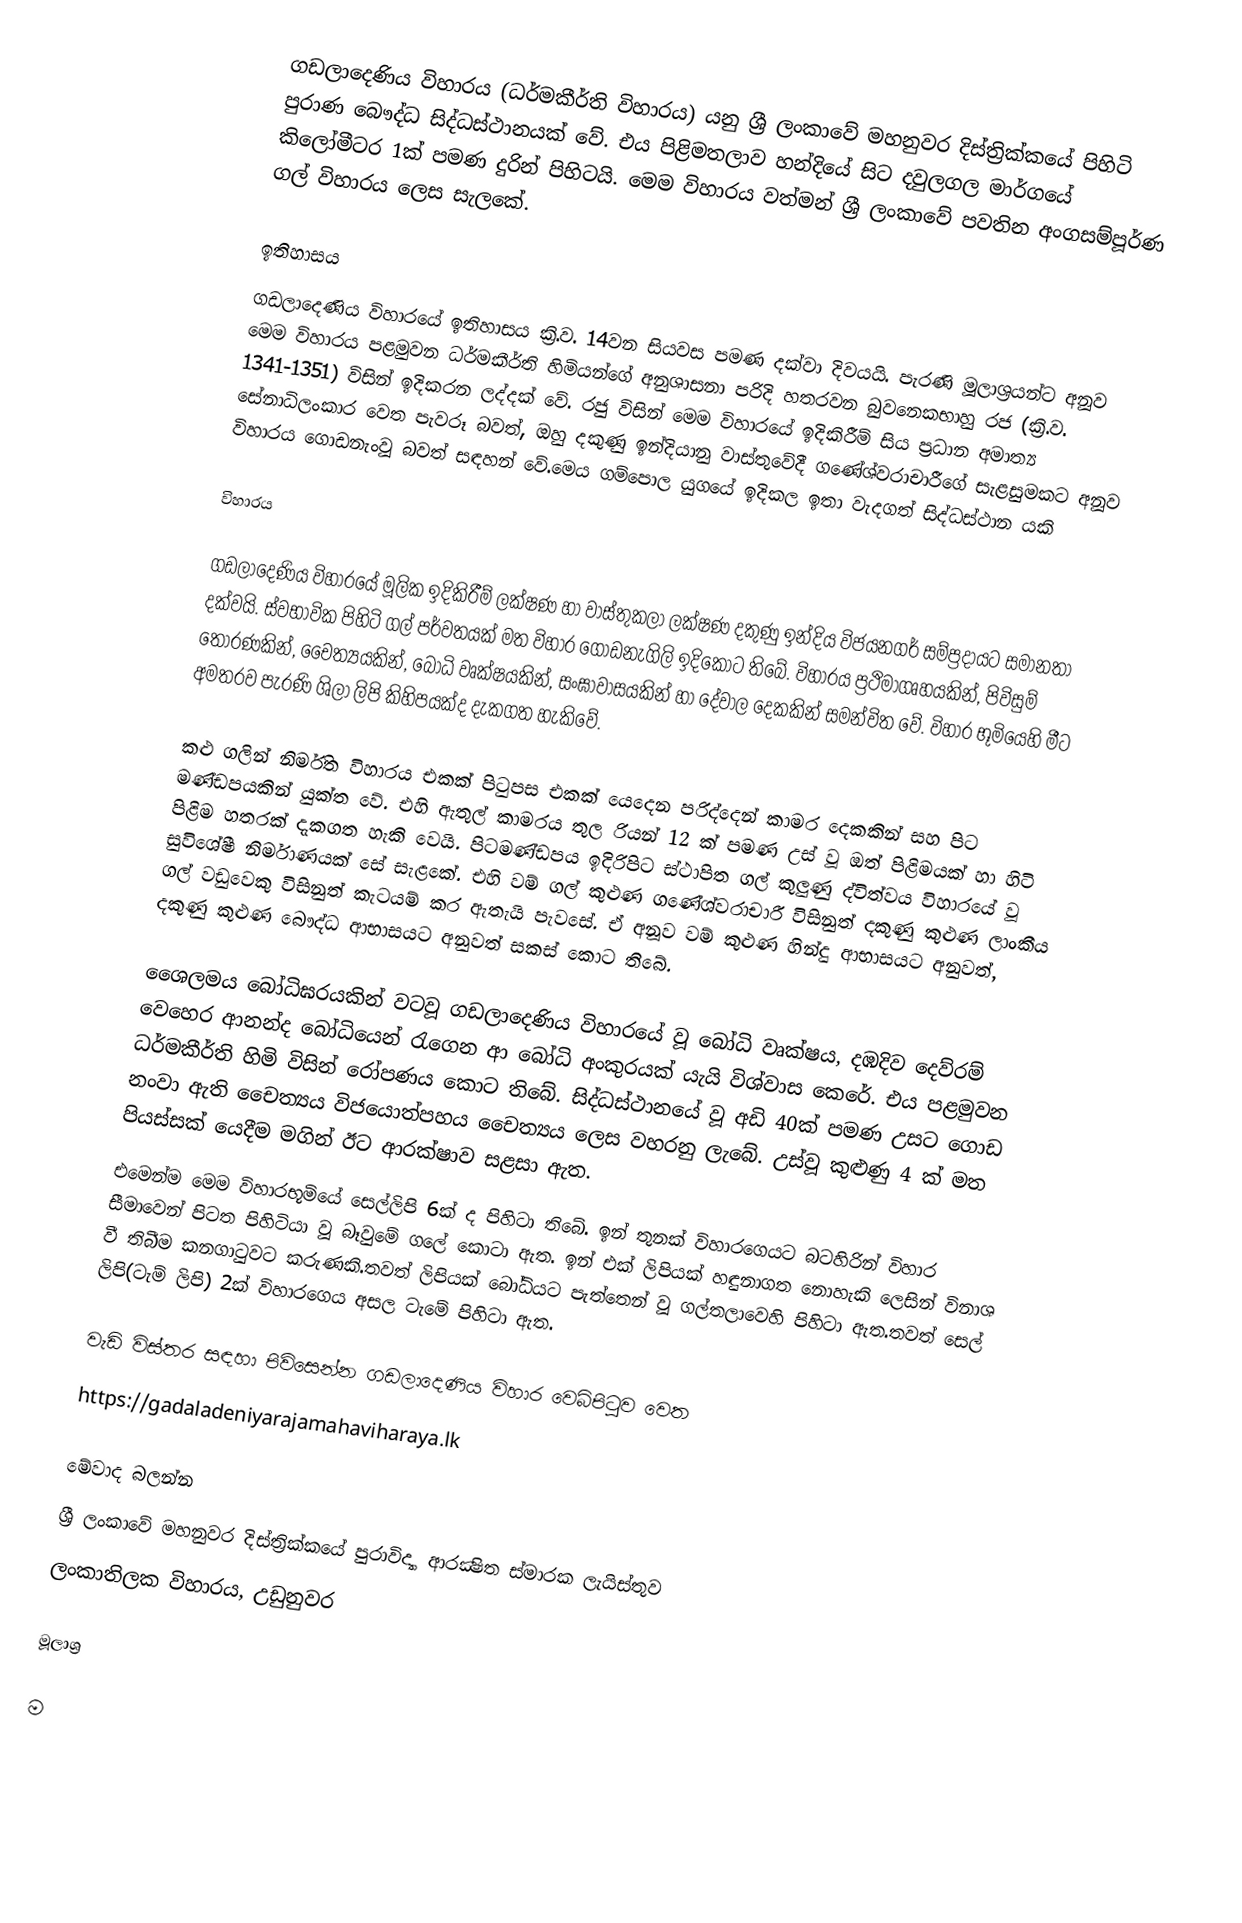
ගඩලාදෙණිය විහාරය (ධර්මකීර්ති විහාරය) යනු ශ්‍රී ලංකාවේ මහනුවර දිස්ත්‍රික්කයේ පිහිටි පුරාණ බෞද්ධ සිද්ධස්ථානයක් වේ. එය පිළිමතලාව හන්දියේ සිට දවුලගල මාර්ගයේ කිලෝමීටර 1ක් පමණ දුරින් පිහිටයි. මෙම විහාරය වත්මන් ශ්‍රී ලංකාවේ පවතින අංගසම්පූර්ණ ගල් විහාරය ලෙස සැලකේ.

ඉතිහාසය
ගඩලාදෙණිය විහාරයේ ඉතිහාසය ක්‍රි.ව. 14වන සියවස පමණ දක්වා දිවයයි. පැරණි මූලාශ්‍රයන්ට අනූව මෙම විහාරය පළමුවන ධර්මකීර්ති හිමියන්ගේ අනුශාසනා පරිදි හතරවන බුවනෙකභාහු රජ (ක්‍රි.ව. 1341-1351) විසින් ඉදිකරන ලද්දක් වේ. රජු විසින් මෙම විහාරයේ ඉදිකිරීම් සිය ප්‍රධාන අමාත්‍ය සේනාධිලංකාර වෙත පැවරූ බවත්, ඔහු දකුණු ඉන්දියානු වාස්තුවේදී ගණේශ්වරාචාරීගේ සැළසුමකට අනූව විහාරය ගොඩනැංවූ බවත් සඳහන් වේ.මෙය ගම්පොල යුගයේ ඉදිකල ඉතා වැදගත් සිද්ධස්ථාන යකි

විහාරය

ගඩලාදෙණිය විහාරයේ මූලික ඉදිකිරීම් ලක්ෂණ හා වාස්තුකලා ලක්ෂණ දකුණු ඉන්දිය විජයනගර් සම්ප්‍රදායට සමානතා දක්වයි. ස්වභාවික පිහිටි ගල් පර්වතයක් මත විහාර ගොඩනැගිලි ඉදිකොට තිබේ. විහාරය ප්‍රථිමාගෘහයකින්, පිවිසුම් තොරණකින්, චෛත්‍යයකින්, බෝධි වෘක්ෂයකින්, සංඝාවාසයකින් හා දේවාල දෙකකින් සමන්විත වේ. විහාර භූමියෙහි මීට අමතරව පැරණි ශිලා ලිපි කිහිපයක්ද දැකගත හැකිවේ.

කළු ගලින් නිර්මිත විහාරය එකක් පිටුපස එකක් යෙදෙන පරිද්දෙන් කාමර දෙකකින් සහ පිට මණ්ඩපයකින් යුක්ත වේ. එහි ඇතුල් කාමරය තුල රියන් 12 ක් පමණ උස් වූ ඔත් පිළිමයක් හා හිටි පිළිම  හතරක් දැකගත හැකි වෙයි. පිටමණ්ඩපය ඉදිරිපිට ස්ථාපිත ගල් කුලුණු ද්විත්වය විහාරයේ වූ සුවිශේෂී නිර්මාණයක් සේ සැළකේ. එහි වම් ගල් කුළුණ ගණේශ්වරාචාරී විසිනුත් දකුණු කුළුණ ලාංකීය ගල් වඩුවෙකු විසිනුත් කැටයම් කර ඇතැයි පැවසේ. ඒ අනූව වම් කුළුණ හින්දු ආභාසයට අනුවත්, දකුණු කුළුණ බෞද්ධ ආභාසයට අනුවත් සකස් කොට තිබේ.

ශෛලමය බෝධිඝරයකින් වටවූ ගඩලාදෙණිය විහාරයේ වූ බෝධි වෘක්ෂය, දඹදිව දෙව්රම් වෙහෙර ආනන්ද බෝධියෙන් රැගෙන ආ බෝධි අංකුරයක් යැයි විශ්වාස කෙරේ. එය පළමුවන ධර්මකීර්ති හිමි විසින් රෝපණය කොට තිබේ. සිද්ධස්ථානයේ වූ අඩි 40ක් පමණ උසට ගොඩ නංවා ඇති චෛත්‍යය විජයොත්පහය චෛත්‍යය ලෙස වහරනු ලැබේ. උස්වූ කුළුණු 4 ක් මත පියස්සක් යෙදීම මගින් ඊට ආරක්ෂාව සළසා ඇත.
       එමෙන්ම මෙම විහාරභූමියේ සෙල්ලිපි 6ක් ද පිහිටා තිබේ. ඉන් තුනක් විහාරගෙයට බටහිරින් විහාර සීමාවෙන් පිටත පිහිටියා වූ බෑවුමේ ගලේ කොටා ඇත. ඉන් එක් ලිපියක් හඳුනාගත නොහැකි ලෙසින් විනාශ වී තිබීම කනගාටුවට කරුණකි.තවත් ලිපියක් බෝධියට පැත්තෙන් වූ ගල්තලාවෙහි පිහිටා ඇත.තවත් සෙල් ලිපි(ටැම් ලිපි) 2ක් විහාරගෙය අසල ටැමේ පිහිටා ඇත.

වැඩි විස්‍තර සඳහා පිවිසෙන්න ගඩලාදෙණිය විහාර වෙබ්පිටුව වෙත
https://gadaladeniyarajamahaviharaya.lk

මේවාද බලන්න
ශ්‍රී ලංකාවේ මහනුවර දිස්ත්‍රික්කයේ පුරාවිද්‍යා ආරක්‍ෂිත ස්මාරක ලැයිස්තුව
ලංකාතිලක විහාරය, උඩුනුවර

මූලාශ්‍ර

ම